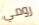
رومي